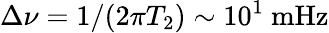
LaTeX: \Delta\nu=1/(2\pi T_{2})\sim 10^{1}~\mathrm{mHz}